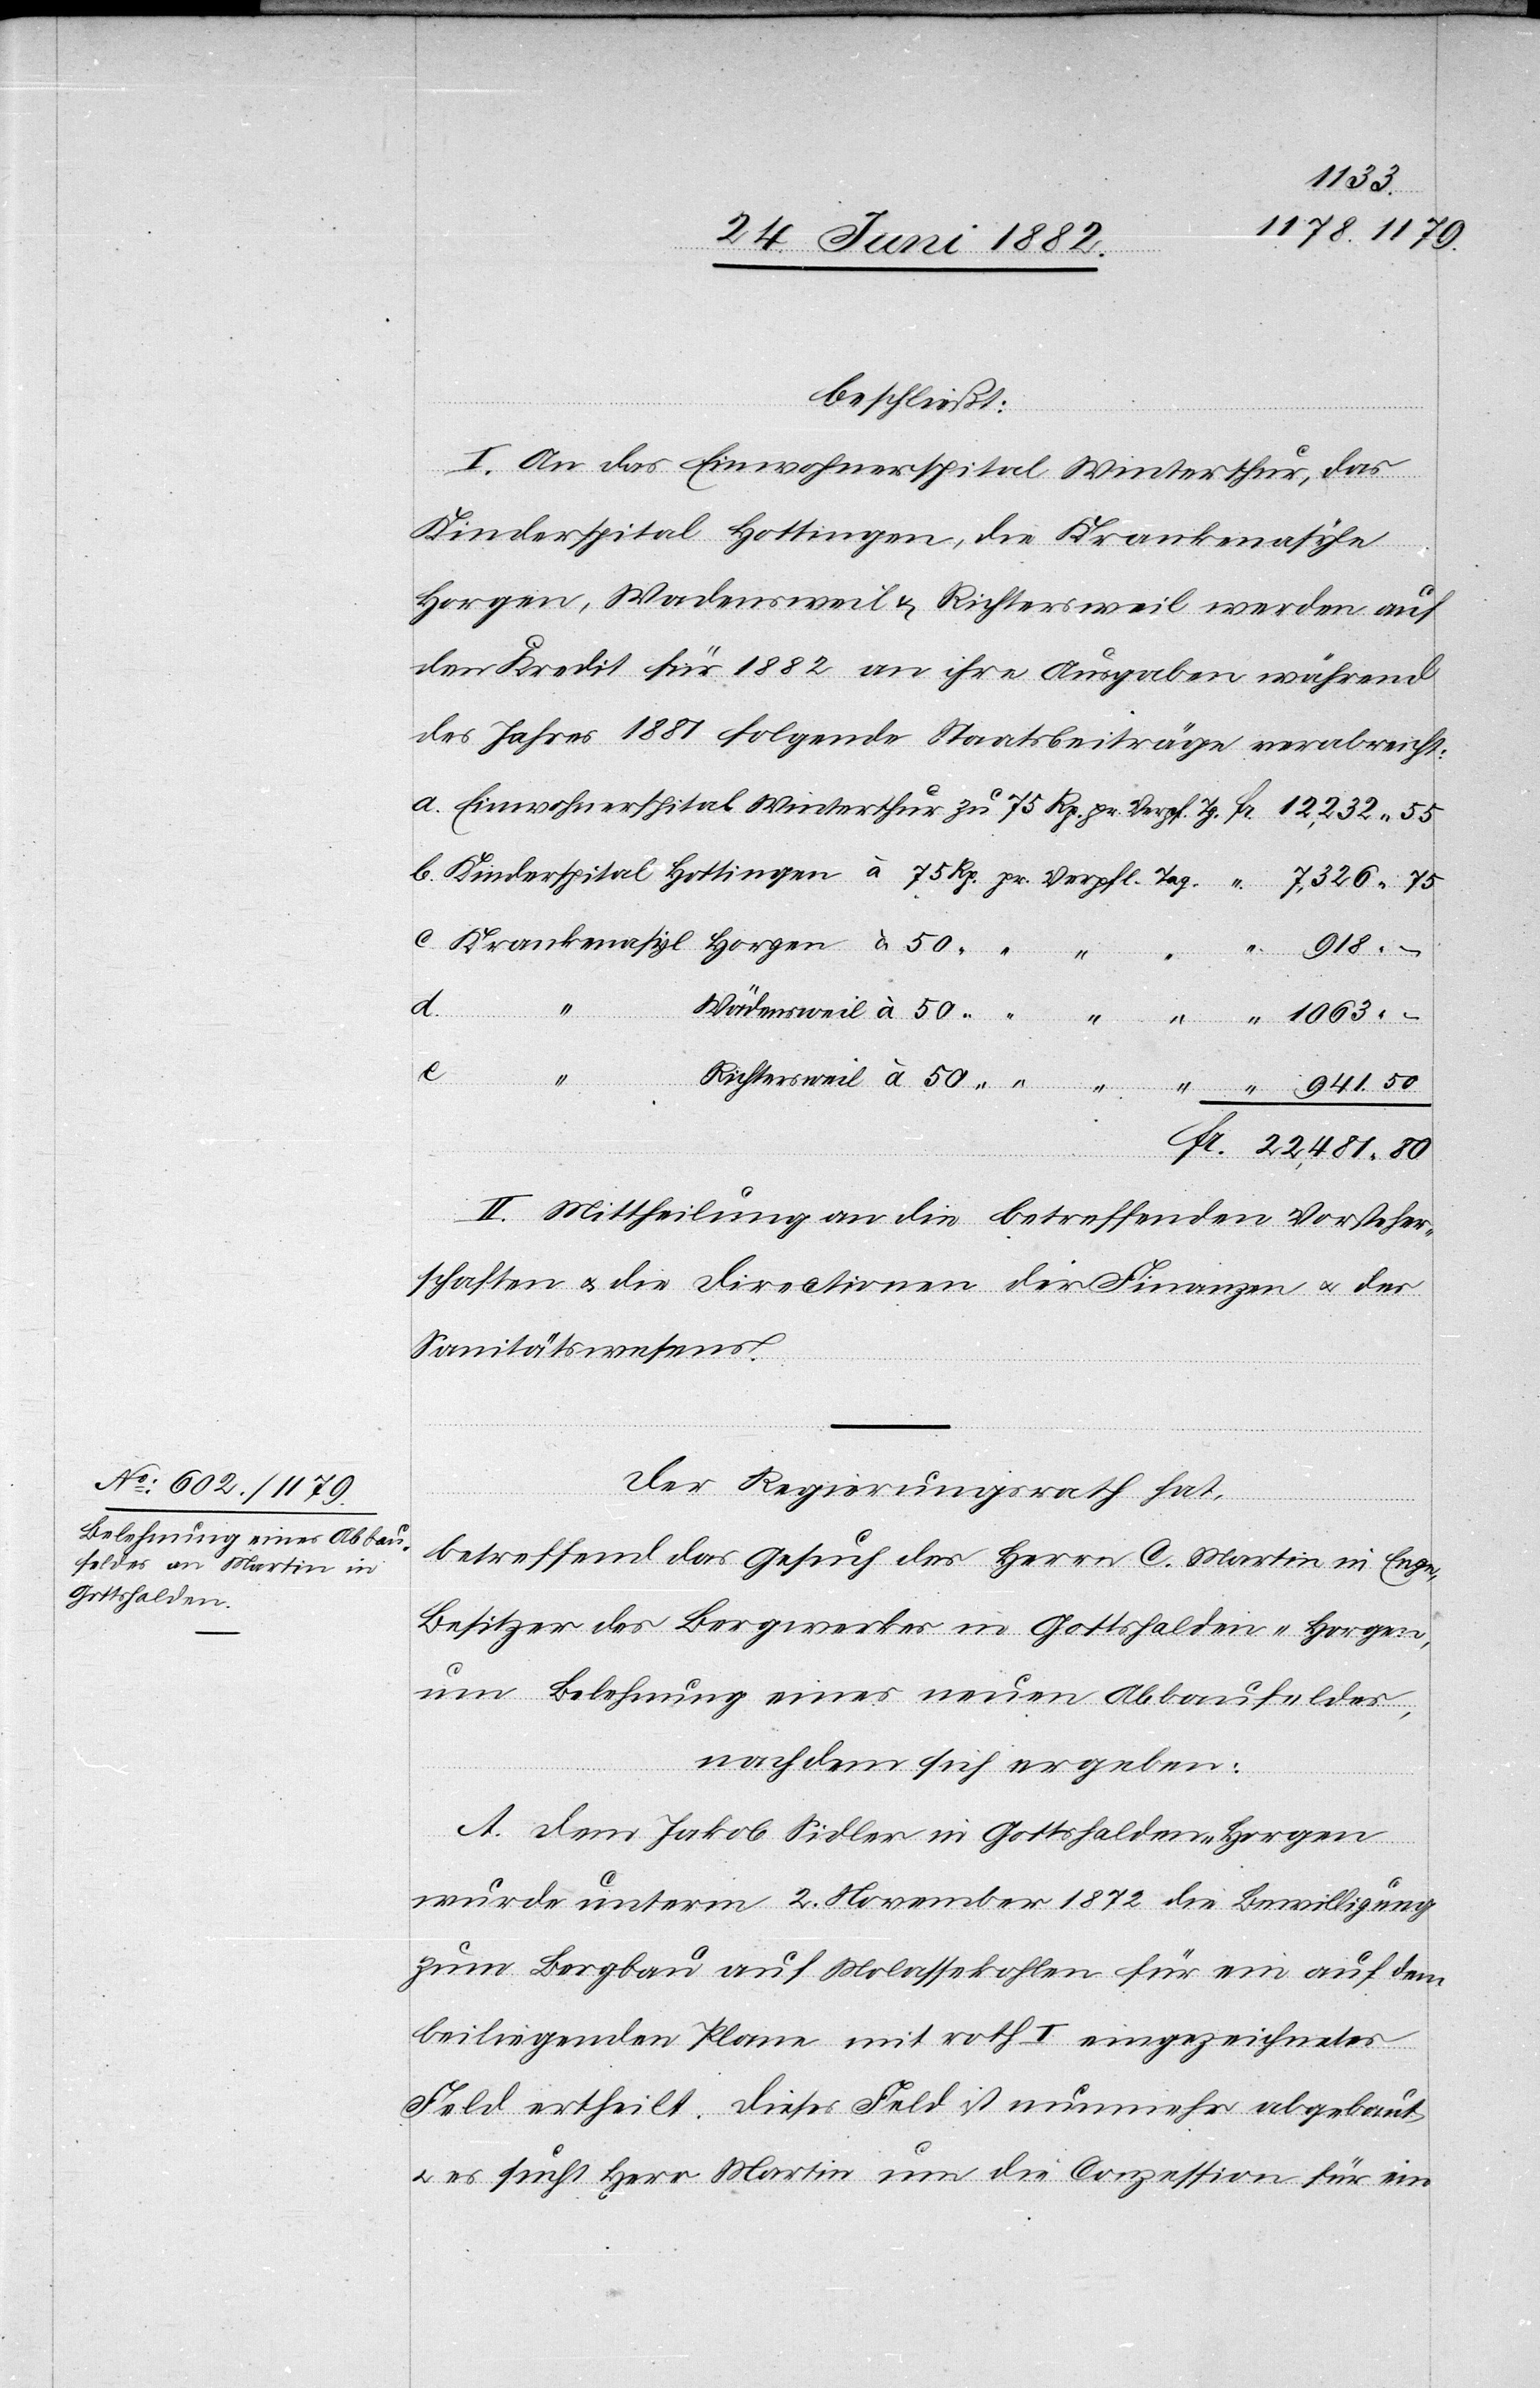
1063
beschließt:
I. An das Einwohnerspital Winterthur, das
Kinderspital Hottingen, die Krankenasyle
Horgen, Wädensweil & Richtersweil werden auf
den Kredit für 1882 an ihre Ausgaben während
des Jahres 1881 folgende Staatsbeiträge verabreicht:
50
e.
Richters¬
918
II. Mittheilung an die betreffenden Vorsteher¬
schaften u. die Directionen der Finanzen u. des
Sanitätswesens.
“
Der Regierungsrath hat,
betreffend das Gesuch des Herrn C. Martin in Enge,
Besitzer des Bergwerkes in Gottshalden - Horgen,
um Belehnung eines neuen Abbaufeldes,
nachdem sich ergeben:
A. Dem Jakob Sidler in Gottshalden - Horgen
Fr.
wurde unterm 2. November 1872 die Bewilligung
zum Bergbau auf Molassekohlen für ein auf dem
beiliegenden Plan mit roth I eingezeichnetes
Feld ertheilt. Dieses Feld ist nunmehr abgebaut
u. es sucht Herr Martin um die Conzession für ein